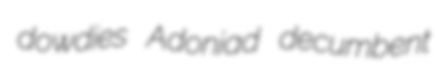
dowdies Adoniad decumbent